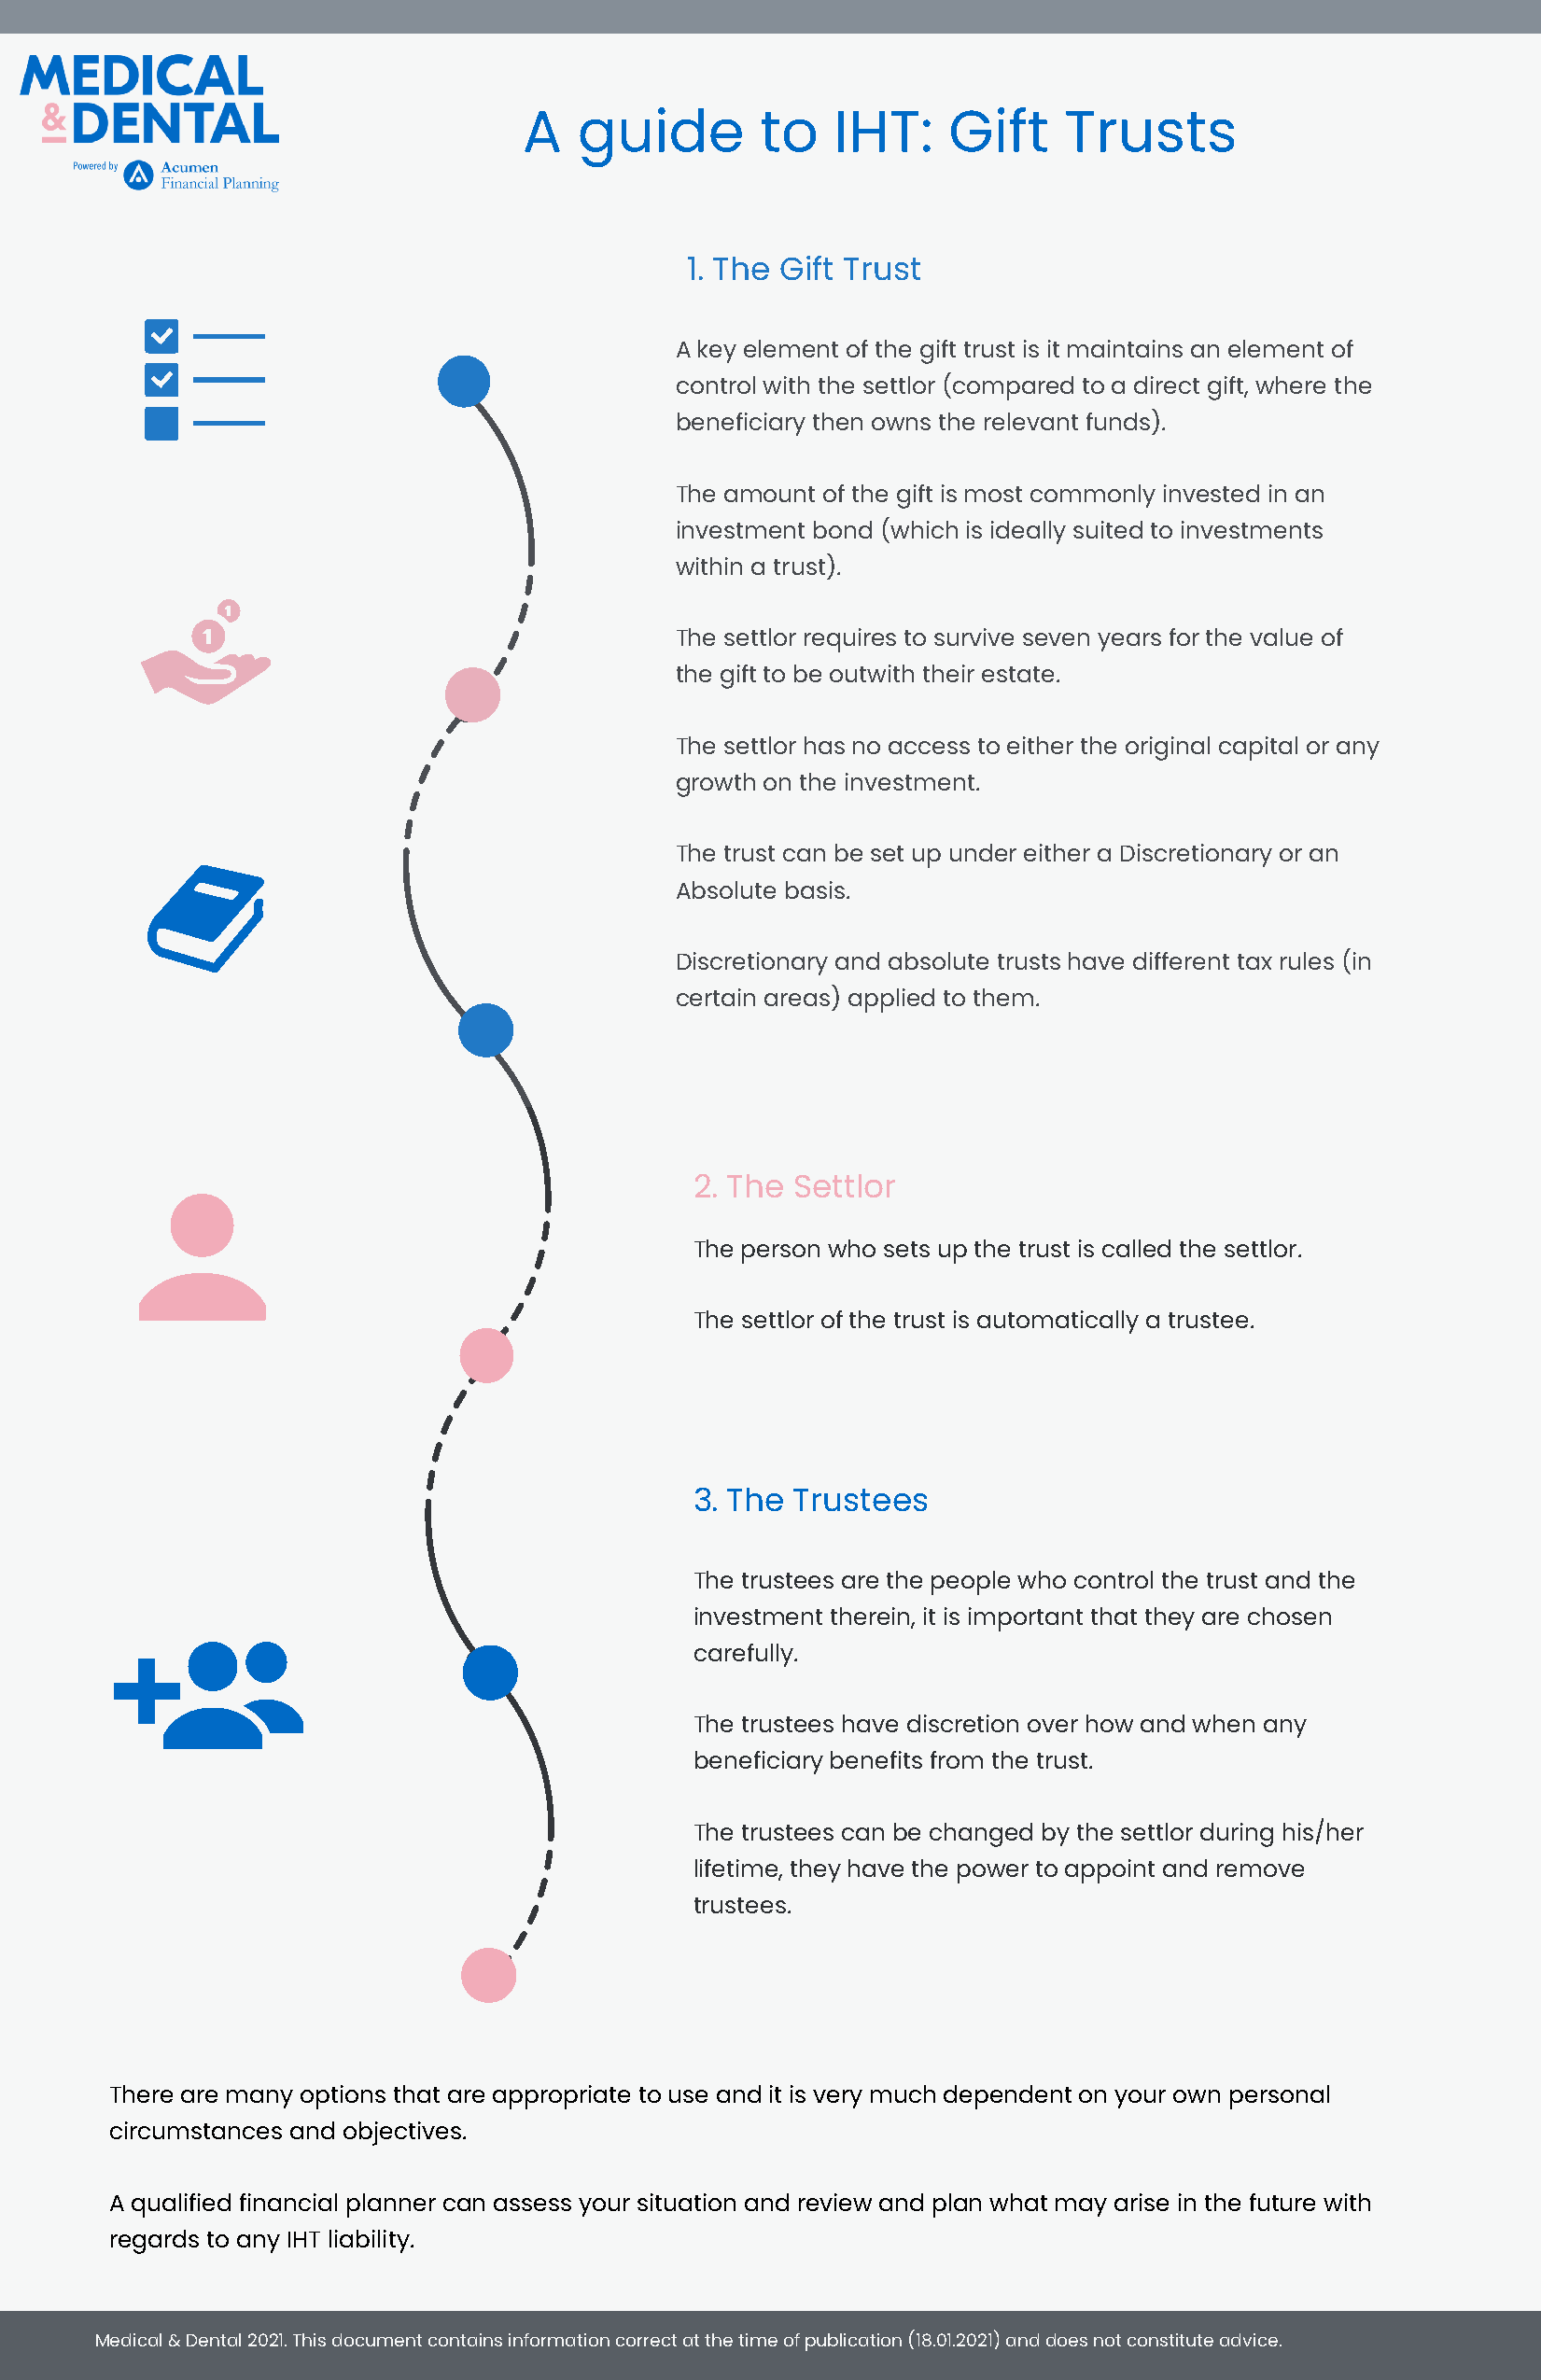
A   guide        to   IHT:    Gift    Trusts
 1. The Gift Trust
 A key element of the gift trust is it maintains an element of
 control with the settlor (compared to a direct gift, where the
 beneficiary then owns the relevant funds).
 The amount of the gift is most commonly invested in an
 investment bond (which is ideally suited to investments
 within a trust).
 The settlor requires to survive seven years for the value of
 the gift to be outwith their estate.
 The settlor has no access to either the original capital or any
 growth on the investment.
 The trust can be set up under either a Discretionary or an
 Absolute basis.
 Discretionary and absolute trusts have different tax rules (in
 certain areas) applied to them.
 2. The Settlor
 The person who sets up the trust is called the settlor.
 The settlor of the trust is automatically a trustee.
 3. The Trustees
 The trustees are the people who control the trust and the
 investment therein, it is important that they are chosen
 carefully.
 The trustees have discretion over how and when any
 beneficiary benefits from the trust.
 The trustees can be changed by the settlor during his/her
 lifetime, they have the power to appoint and remove
 trustees.
 There are many options that are appropriate to use and it is very much dependent on your own personal
 circumstances and objectives.
 A qualified financial planner can assess your situation and review and plan what may arise in the future with
 regards to any IHT liability.
 Medical & Dental 2021. This document contains information correct at the time ofpublication (18.01.2021) and does not constitute advice.